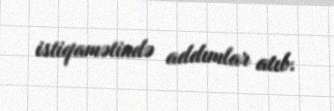
istiqamətində addımlar atıb.